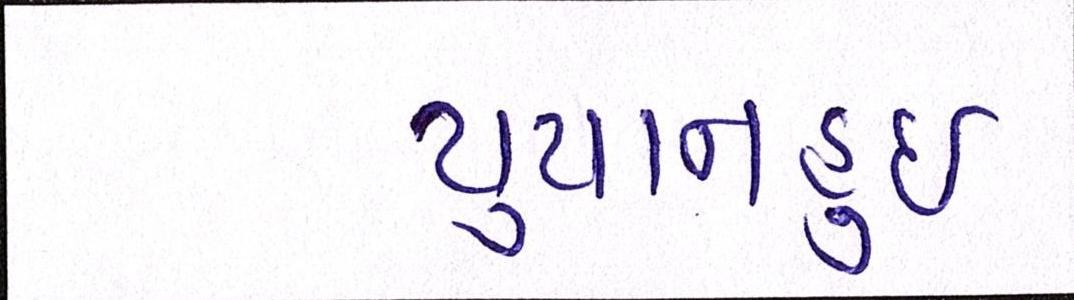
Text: યુયાનહુઈ